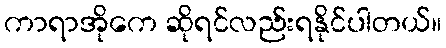
ကာရာအိုကေ ဆိုရင်လည်းရနိုင်ပါတယ်။